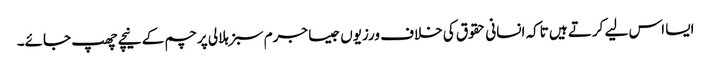
ایسا اس لیے کرتے ہیں تاکہ انسانی حقوق کی خلاف ورزیوں جیسا جرم سبز ہلالی پرچم کے نیچے چھپ جائے۔